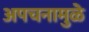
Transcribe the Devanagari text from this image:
अपचनामुळे